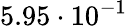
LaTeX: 5.95\cdot 10^{-1}